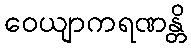
ဝေယျာကရဏန္တိ